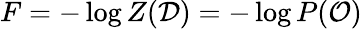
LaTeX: F=-\log Z(\mathcal{D})=-\log P(\mathcal{O})